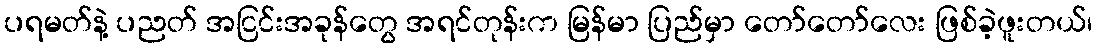
ပရမတ်နဲ့ ပညတ် အငြင်းအခုန်တွေ အရင်တုန်းက မြန်မာ ပြည်မှာ တော်တော်လေး ဖြစ်ခဲ့ဖူးတယ်၊